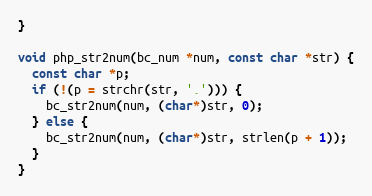
Language: C++
}

void php_str2num(bc_num *num, const char *str) {
  const char *p;
  if (!(p = strchr(str, '.'))) {
    bc_str2num(num, (char*)str, 0);
  } else {
    bc_str2num(num, (char*)str, strlen(p + 1));
  }
}